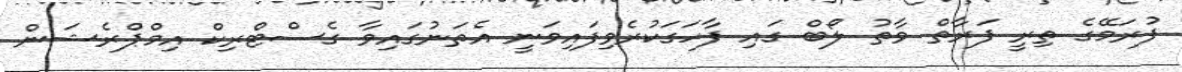
ފުރަމޭގެ ތިރީ ފަރާތް ވާތު ލޯބް ގައި ފާހަގަކުރެވިފައިވަނީ އެތަނުގައިވާ ގެސްޓްރިކް އިމްޕްރެޝަން